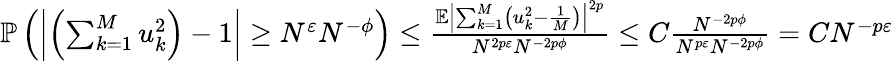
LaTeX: \begin{array}{r}{\mathbb{P}\left(\left|\left(\sum_{k=1}^{M}u_{k}^{2}\right)-1\right|\geq N^{\varepsilon}N^{-\phi}\right)\leq\frac{\mathbb{E}\left|\sum_{k=1}^{M}\left(u_{k}^{2}-\frac 1{M}\right)\right|^{2p}}{N^{2p\varepsilon}N^{-2p\phi}}\leq C\frac{N^{-2p\phi}}{N^{p\varepsilon}N^{-2p\phi}}=CN^{-p\varepsilon}}\end{array}